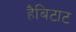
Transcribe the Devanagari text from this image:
हैबिटाट